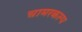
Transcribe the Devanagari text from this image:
चामरकल्प